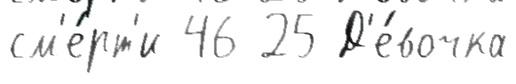
см'е́рт'и 46 25 Д'е́вочка